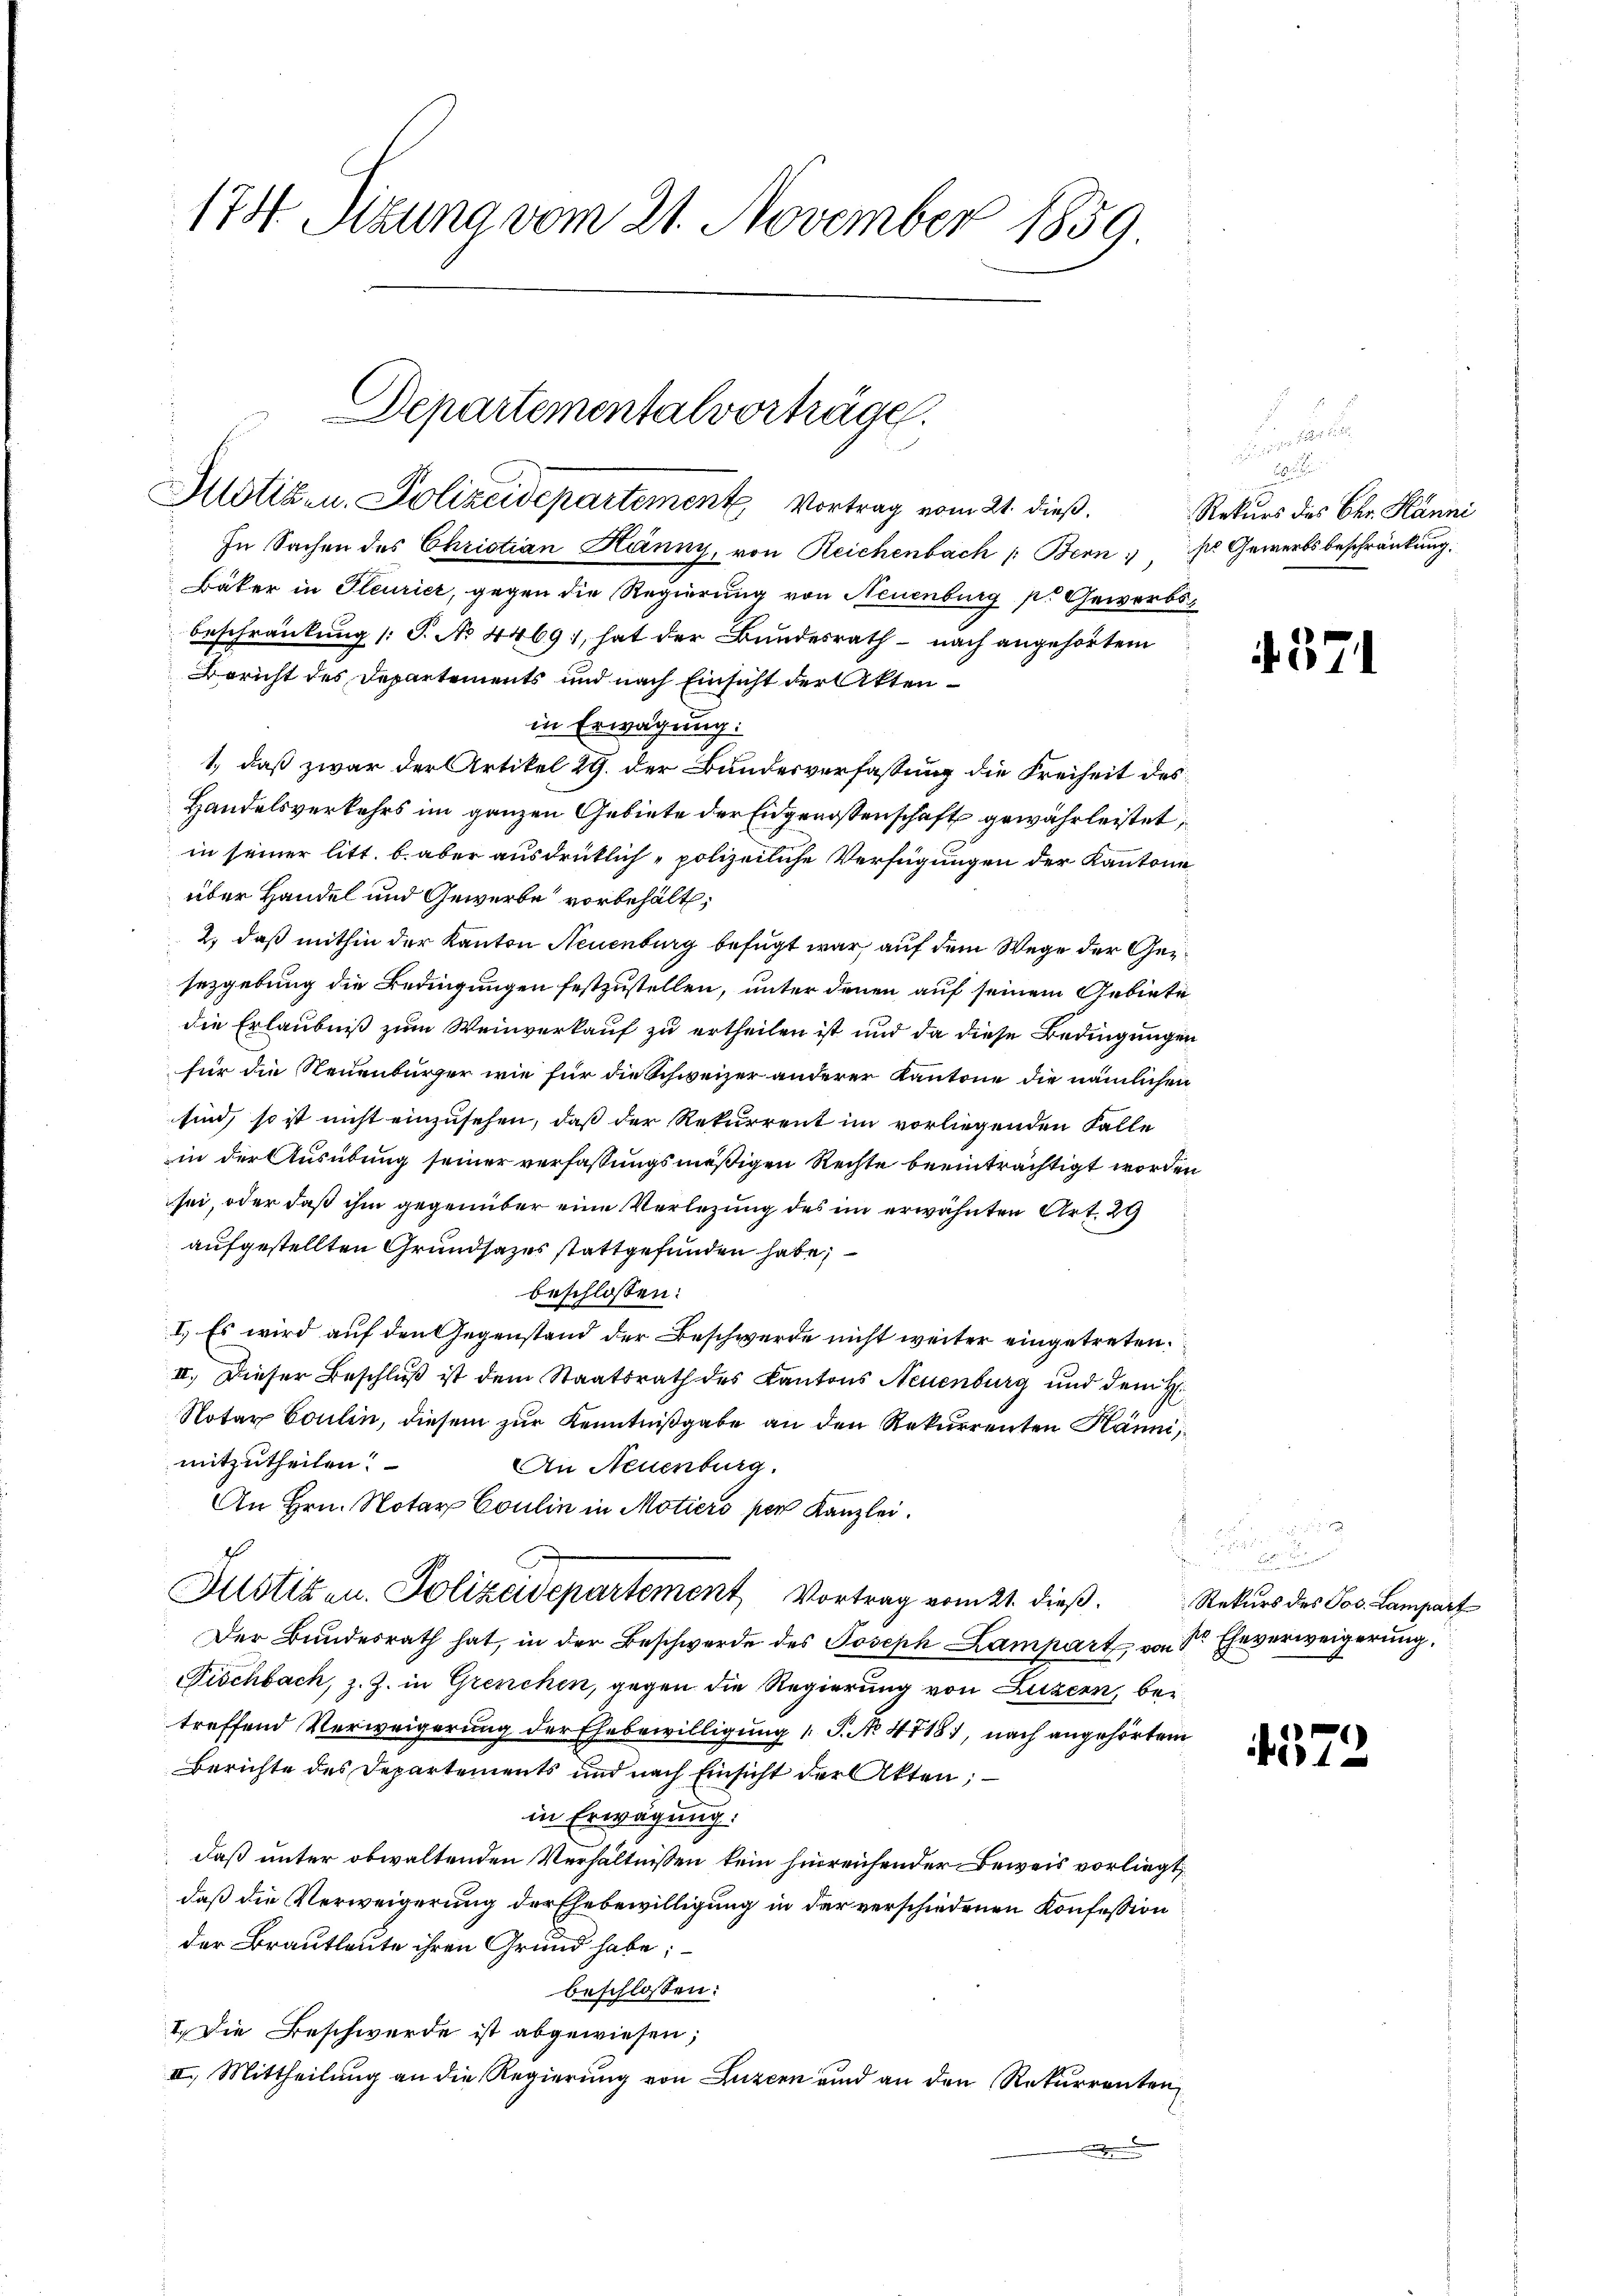
174 Sizung vom 21. November 1859

Departementalvorträge.
Justizen. Polizeidepartement Vortrag vom 21. dieß.

In Sachen des Christian Hänny, von Reichenbach /: Bern pr. Gewerbsbeschränkung.
Bäker in Pleurier, gegen die Regierung von Neuenburg p. Gewerbs¬
Beschränkung (: P. No 4469, hat der Bundesrath - nach angehörtem
Bericht des Departements und nach Einsicht der Aktenin Erwägung:
1., daß zwar der Artikel 29. der Bundesverfassung die Freiheit des
Handelsverkehrs im ganzen Gebiete der Eidgenossenschaft gewährleistet,
in seiner litt. b. aber ausdrüklich polizeiliche Verfügungen der Kantone
über Handel und Gewerbe vorbehält,
2) daß mithin der Kanton Neuenburg befugt war, auf dem Wege der Gesezgebung die Bedingungen festzustellen, unter denen auf seinem Gebiete
die Erlaubniß zum Weinverkauf zu ertheilen ist und da diese Bedingungen
für die Neuenburger wie für die Schweizer anderer Kantone die nämlichen
sind, so ist nicht einzusehen, daß der Rekurrent im vorliegenden Falle
in der Ausübung seiner verfassungsmäßigen Rechte beeinträchtigt worden
sei, oder daß ihm gegenüber eine Verlegung des im erwähnten Art. 29
aufgestellten Grundsatzes stattgefunden habe,
beschlossen:
I.) Es wird auf den Gegenstand der Beschwerde nicht weiter eingetreten.
II. Dieser Beschluß ist dem Staatsrath des Kantons Neuenburg und dem H
Notar Coulin, diesem zur Kenntnißgabe an den Rekurrenten Kaum
mitzutheilen.
An Neuenburg.
An Hrn. Notar Coulin in Motiers per Kanzlei.
f
Justizen. Polizeidepartement Vortrag vom 21. dieβ. Rekurs des Jos. Lampart
Der Bundesrath hat, in der Beschwerde des Joseph Lampart, von Sr. Eheverweigerung,
Fischbach, z. Z. in Grenchen, gegen die Regierung von Luzern, bei
treffend Verweigerung der Ehebewilligung 1. P. No 4718), nach angehörtem
Berichte des Departements und nach Einsicht der Akten;
in Erwägung:
daß unter obwaltenden Verhältnissen kein hinreichender Beweis vorliegt,
daß die Verweigerung der Ehebewilligung in der verschiedenen Konfession
der Brautleute ihren Grund habe;
beschlossen:
I. Die Beschwerde ist abgewiesen;
II. Mittheilung an die Regierung von Luzern und an den Rekurrenten

n und

Rekurs des Ohr Plänni

4371

e

472